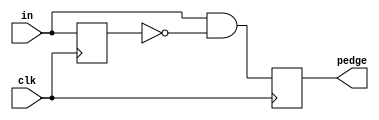
module top_module(
    input clk,
    input [7:0] in,
    output reg [7:0] pedge);
    
    reg [7:0] d_last;    
            
    always @(posedge clk) 
    begin
        d_last <= in;             // Guarda o estado do ciclo anterior
        pedge <= in & ~d_last;    // Calcula se antes foi 0 e agora  1
    end
endmodule